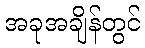
အခုအချိန်တွင်